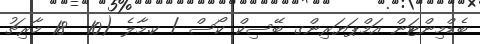
ބެޑްމިންޓަން އަމްޕަޔަރިންގ ބޭސިކް ކޯސް / ކ.މާލެ (10  18 މާރިޗު